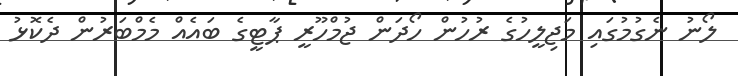
ލޯނު ނެގުމުގައި މަޖިލީހުގެ ރުހުން ހޯދަން ޖުމްހޫރީ ޕާޓީގެ ބައެއް މެމްބަރުން ދެކޮޅު